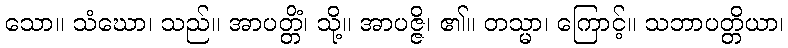
သော။ သံဃော၊ သည်။ အာပတ္တိံ၊ သို့။ အာပဇ္ဇိ၊ ၏။ တသ္မာ၊ ကြောင့်။ သဘာပတ္တိယာ၊